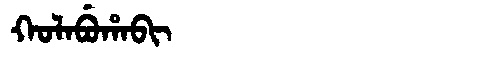
Manchu: ᡴᠣᠯᠠᠪᡠᡥᠠᠪᡳ
Romanization: KOLABUHABI